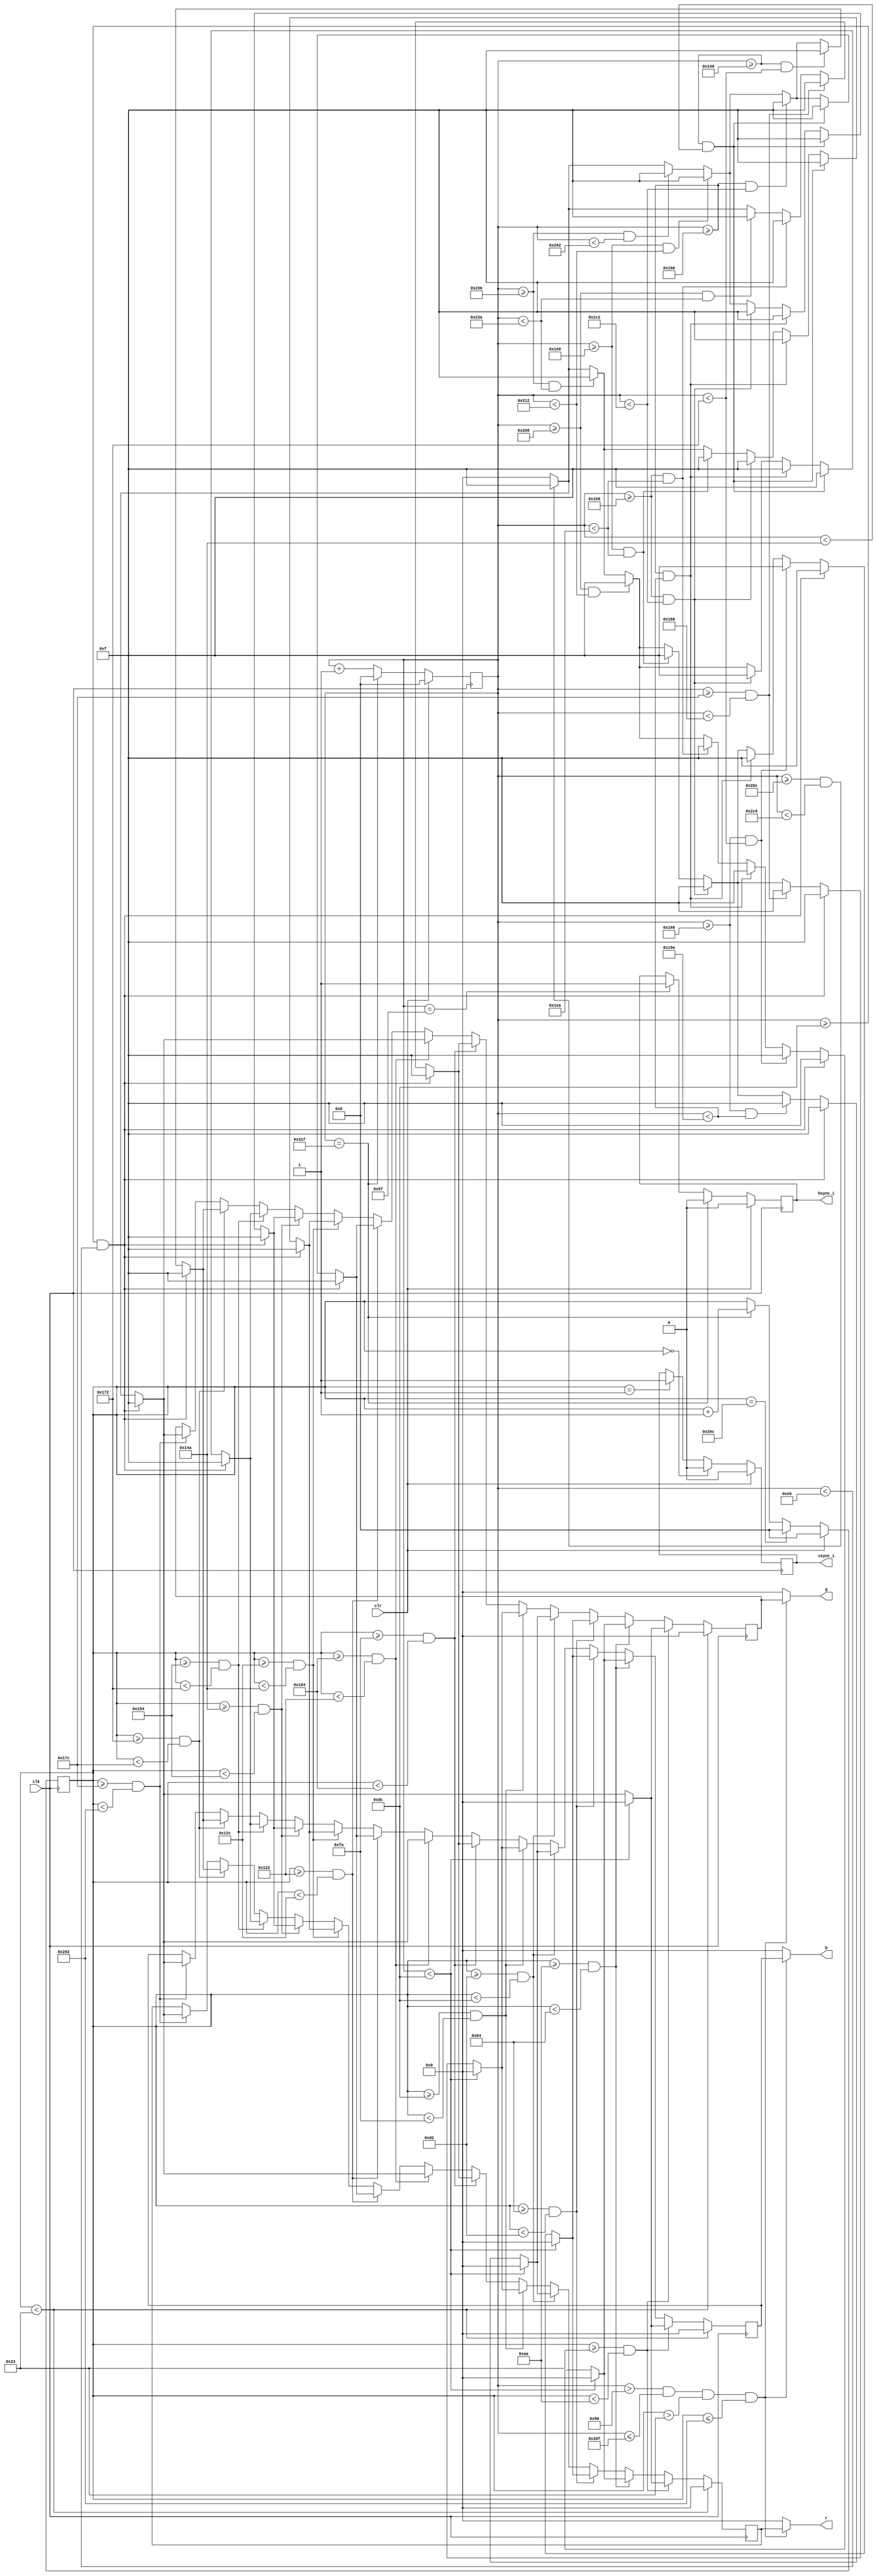
`timescale 1ns / 1ps
//////////////////////////////////////////////////////////////////////////////////
// Company: 
// Engineer: 
// 
// Design Name: 
// Module Name: vga_lose
// Project Name: 
// Target Devices: 
// Tool Versions: 
// Description: 
// 
// Dependencies: 
// 
// Revision:
// Revision 0.01 - File Created
// Additional Comments:
// 
//////////////////////////////////////////////////////////////////////////////////


module vga_lose(
input clk,clr,

output reg hsync_i,vsync_i,
output [3:0] r,g,b
);

reg[9:0]xsync_i,ysync_i;
reg [3:0] r_r,g_r,b_r;
wire vidon;

always @(posedge clk) 
    begin
    if (clr) begin  
      xsync_i <= 10'd0;
    end
    else if (xsync_i == 10'd799) begin
      xsync_i <= 10'd0;
    end
    else begin
      xsync_i <= xsync_i + 1;
    end
  end

always @(posedge clk ) 
  begin
    if (clr) begin
      ysync_i <= 10'd0;
    end
    else if (ysync_i == 10'd524) begin
      ysync_i <= 10'd0;
    end
    else if (xsync_i == 10'd799) begin
      ysync_i <= ysync_i + 1;
    end
  end

  always @(posedge clk  ) begin
    if (clr) begin
      hsync_i <= 1'b0;
    end
    else if (xsync_i == 799) begin
      hsync_i <=1'b0;
    end
    else if (xsync_i == 95) begin
      hsync_i <= 1'b1;
    end
  end

always @(posedge clk ) begin
    if (clr) begin
      vsync_i <= 1'b0;
    end
    else if (ysync_i == 0) begin
      vsync_i <=1'b0;
    end
    else if (ysync_i == 1) begin
      vsync_i <= 1'b1;
    end
  end

assign vidon = (xsync_i > 143) && (xsync_i < 784) && (ysync_i > 34) && (ysync_i < 515);

always @ (posedge clk)
	begin
		if (ysync_i < 35)
		      begin
		          r_r <= 4'h0;   
			  b_r <= 4'h0;
			  g_r <= 4'h0;
		      end
		 else if (ysync_i >= 35 && ysync_i < 170)
		 	begin
		        	if (xsync_i < 220)
			  		begin 
						r_r <= 4'h0;    
						b_r <= 4'h0;
						g_r <= 4'h0;
					end  
		          	else if(xsync_i >= 220 && xsync_i < 230)
		                	begin
		                  		r_r <= 4'hf;   
						b_r <= 4'hf;
			  	        	g_r <= 4'hf;
					end
			   	else if(xsync_i >= 700 && xsync_i < 710)
			        	begin
				        	r_r <= 4'hf;   
						b_r <= 4'hf;
						g_r <= 4'hf;
		 			end
			   	else 
					begin 
						r_r <= 4'h0;   
						b_r <= 4'h0;
						g_r <= 4'h0;
					end		   
			 	end
			 
			 
		   else if (ysync_i >= 170 && ysync_i < 180)
			begin 
			    	if (xsync_i < 220)
					begin 
						r_r <= 4'h0;    
						b_r <= 4'h0;
						g_r <= 4'h0;
					end  
                   		else if(xsync_i >= 220 && xsync_i < 230)
		              	   begin
		                  	r_r <= 4'hf;   
					      	b_r <= 4'hf;
					      	g_r <= 4'hf;
					end
				else if (xsync_i >= 360 && xsync_i < 370)
					begin 
						r_r <= 4'hf;   
						b_r <= 4'hf;
						g_r <= 4'hf;
					end
				else if (xsync_i >= 400 && xsync_i < 410)
					begin 
						r_r <= 4'hf;   
						b_r <= 4'hf;
						g_r <= 4'hf;
					end
				else if (xsync_i >= 440 && xsync_i < 490)
					begin 
						r_r <= 4'hf;   
						b_r <= 4'hf;
						g_r <= 4'hf;
					end 	
				else if (xsync_i >= 520 && xsync_i < 530)
					begin 
						r_r <= 4'hf;   
						b_r <= 4'hf;
						g_r <= 4'hf;
					end
				else if (xsync_i >= 560 && xsync_i < 570)
					begin 
						r_r <= 4'hf;   
						b_r <= 4'hf;
						g_r <= 4'hf;
					end 	 	
				else if(xsync_i >= 700 && xsync_i < 710)
				      	begin
				        	r_r <= 4'hf;   
					  	b_r <= 4'hf;
					   	g_r <= 4'hf;
					end
				else 
					begin 
						r_r <= 4'h0;   
						b_r <= 4'h0;
						g_r <= 4'h0;
					end	
				end  
					
		else if (ysync_i >= 180 && ysync_i < 210)
			begin 
				 if (xsync_i < 220)
					begin 
						r_r <= 4'h0;    
						b_r <= 4'h0;
						g_r <= 4'h0;
					end  
				else if(xsync_i >= 220 && xsync_i < 230)
		              		begin
		                  		r_r <= 4'hf;   
					  	b_r <= 4'hf;
					  	g_r <= 4'hf;
					end
				else if (xsync_i >= 360 && xsync_i < 370)
					begin 
						r_r <= 4'hf;   
						b_r <= 4'hf;
						g_r <= 4'hf;
					end 
				else if (xsync_i >= 400 && xsync_i < 410)
					begin 
						r_r <= 4'hf;   
						b_r <= 4'hf;
						g_r <= 4'hf;
					end
				else if (xsync_i >= 440 && xsync_i < 450)
					begin 
						r_r <= 4'hf;   
						b_r <= 4'hf;
						g_r <= 4'hf;
					end				
				else if (xsync_i >= 480 && xsync_i < 490)
					begin 
						r_r <= 4'hf;   
						b_r <= 4'hf;
						g_r <= 4'hf;
					end 
				else if (xsync_i >= 520 && xsync_i < 530)
					begin 
						r_r <= 4'hf;  
						b_r <= 4'hf;
						g_r <= 4'hf;
					end 	
				else if (xsync_i >= 560 && xsync_i < 570)
					begin 
						r_r <= 4'hf;   
						b_r <= 4'hf;
						g_r <= 4'hf;
					end 	
				else if(xsync_i >= 700 && xsync_i < 710)
				      	begin
				        	r_r <= 4'hf;   
					   	b_r <= 4'hf;
					   	g_r <= 4'hf;
					end
				else 
					begin 
						r_r <= 4'h0;   
						b_r <= 4'h0;
						g_r <= 4'h0;
					end
				end
					
		else if (ysync_i >= 210 && ysync_i < 220)
			begin 
				if (xsync_i < 220)
					begin 
						r_r <= 4'h0;    
						b_r <= 4'h0;
						g_r <= 4'h0;
					end  
				else if(xsync_i >= 220 && xsync_i < 230)
		              		begin
		                  		r_r <= 4'hf;   
					      	b_r <= 4'hf;
					      	g_r <= 4'hf;
					end
				else if (xsync_i >= 360 && xsync_i < 410)
					begin 
						r_r <= 4'hf;   
						b_r <= 4'hf;
						g_r <= 4'hf;
					end
				else if (xsync_i >= 440 && xsync_i < 450)
					begin 
						r_r <= 4'hf;   
						b_r <= 4'hf;
						g_r <= 4'hf;
					end
				else if (xsync_i >= 480 && xsync_i < 490)
					begin 
						r_r <= 4'hf;   
						b_r <= 4'hf;
						g_r <= 4'hf;
					end	
				else if (xsync_i >= 520 && xsync_i < 530)
					begin 
						r_r <= 4'hf;   
						b_r <= 4'hf;
						g_r <= 4'hf;
					end	
				else if (xsync_i >= 560 && xsync_i < 570)
					begin 
						r_r <= 4'hf;   
						b_r <= 4'hf;
						g_r <= 4'hf;
					end 
				else if(xsync_i >= 700 && xsync_i < 710)
				      	begin
				        	r_r <= 4'hf;   
					  	b_r <= 4'hf;
					   	g_r <= 4'hf;
					end	
				else 
					begin 
						r_r <= 4'h0;   
						b_r <= 4'h0;
						g_r <= 4'h0;
					end
				end
			  
		else if (ysync_i >= 220 && ysync_i < 250)
			begin 
				if (xsync_i < 220)
					begin 
						r_r <= 4'h0;    
						b_r <= 4'h0;
						g_r <= 4'h0;
					end  
				else if(xsync_i >= 220 && xsync_i < 230)
		              		begin
		                  		r_r <= 4'hf;   
					      	b_r <= 4'hf;
					      	g_r <= 4'hf;
					end
				else if (xsync_i >= 380 && xsync_i < 390)
					begin 
						r_r <= 4'hf;   
						b_r <= 4'hf;
						g_r <= 4'hf;
					end 
				else if (xsync_i >= 440 && xsync_i < 450)
					begin 
						r_r <= 4'hf;   
						b_r <= 4'hf;
						g_r <= 4'hf;
					end	
				else if (xsync_i >= 480 && xsync_i < 490)
					begin 
						r_r <= 4'hf;   
						b_r <= 4'hf;
						g_r <= 4'hf;
					end 
				else if (xsync_i >= 520 && xsync_i < 530)
					begin 
						r_r <= 4'hf;   
						b_r <= 4'hf;
						g_r <= 4'hf;
					end 
				else if (xsync_i >= 560 && xsync_i < 570)
					begin 
						r_r <= 4'hf;   
						b_r <= 4'hf;
						g_r <= 4'hf;
					end 	
				else if(xsync_i >= 700 && xsync_i < 710)
				      	begin
				        	r_r <= 4'hf;   
					   	b_r <= 4'hf;
					   	g_r <= 4'hf;
					end
				else 
					begin 
						r_r <= 4'h0;   
						b_r <= 4'h0;
						g_r <= 4'h0;
					end	
				end

		else if (ysync_i >= 250 && ysync_i < 260)
			begin
				if(xsync_i >= 220 && xsync_i < 230)
		                   	begin
		                     r_r <= 4'hf;   
					        b_r <= 4'hf;
					        g_r <= 4'hf;
					end
				else if (xsync_i >= 380 && xsync_i < 390)
					begin 
						r_r <= 4'hf;   
						b_r <= 4'hf;
						g_r <= 4'hf;
					end 
				else if (xsync_i >= 440 && xsync_i < 490)
					begin 
						r_r <= 4'hf;   
						b_r <= 4'hf;
						g_r <= 4'hf;
					end
			    else if(xsync_i >= 520 && xsync_i < 570)
				        begin 
						r_r <= 4'hf;   
						b_r <= 4'hf;
						g_r <= 4'hf;
					end 	
				else if(xsync_i >= 700 && xsync_i < 710)
				      	begin
				        	r_r <= 4'hf;   
					   	b_r <= 4'hf;
					   	g_r <= 4'hf;
					end
				else 
					begin 
						r_r <= 4'h0;   
						b_r <= 4'h0;
						g_r <= 4'h0;
					end	
				end
				
		else if (ysync_i >= 260 && ysync_i < 290)
			begin
				if(xsync_i >= 220 && xsync_i < 230)
		              		begin
		                  		r_r <= 4'hf;   
						b_r <= 4'hf;
						g_r <= 4'hf;
					end
				else if(xsync_i >= 700 && xsync_i < 710)
				      	begin
				        	r_r <= 4'hf;   
					   	b_r <= 4'hf;
					   	g_r <= 4'hf;
					end
				else 
					begin 
						r_r <= 4'h0;   
						b_r <= 4'h0;
						g_r <= 4'h0;
					end	
				end
					
					
		else if (ysync_i >= 290 && ysync_i < 300)
			begin 
				if(xsync_i >= 220 && xsync_i < 230)
		              		begin
		                  		r_r <= 4'hf;   
					      	b_r <= 4'hf;
					      	g_r <= 4'hf;
					end
				else if (xsync_i >= 320 && xsync_i < 330)
					begin 
						r_r <= 4'hf;   
						b_r <= 4'hf;
						g_r <= 4'hf;
					end
				else if (xsync_i >= 400 && xsync_i < 450)
					begin 
						r_r <= 4'hf;   
						b_r <= 4'hf;
						g_r <= 4'hf;
					end 	
				else if (xsync_i >= 480 && xsync_i < 530)
					begin 
						r_r <= 4'hf;   
						b_r <= 4'hf;
						g_r <= 4'hf;
					end 
				else if (xsync_i >= 560 && xsync_i < 610)
					begin 
						r_r <= 4'hf;   
						b_r <= 4'hf;
						g_r <= 4'hf;
					end 
				else if(xsync_i >= 700 && xsync_i < 710)
				      	begin
				        	r_r <= 4'hf;   
					   	b_r <= 4'hf;
					   	g_r <= 4'hf;
					end	
				else 
					begin 
						r_r <= 4'h0;   
						b_r <= 4'h0;
						g_r <= 4'h0;
					end	
				end
  
		else if (ysync_i >= 300 && ysync_i < 330)
			begin 
				if(xsync_i >= 220 && xsync_i < 230)
		              		begin
		                  		r_r <= 4'hf;   
					      	b_r <= 4'hf;
					      	g_r <= 4'hf;
					end
				else if (xsync_i >= 320 && xsync_i < 330)
					begin 
						r_r <= 4'hf;   
						b_r <= 4'hf;
						g_r <= 4'hf;
					end 
				else if (xsync_i >= 400 && xsync_i < 410)
					begin 
						r_r <= 4'hf;   
						b_r <= 4'hf;
						g_r <= 4'hf;
					end		
				else if (xsync_i >= 440 && xsync_i < 450)
					begin 
						r_r <= 4'hf;   
						b_r <= 4'hf;
						g_r <= 4'hf;
					end 
				else if (xsync_i >= 480 && xsync_i < 490)
					begin 
						r_r <= 4'hf;   
						b_r <= 4'hf;
						g_r <= 4'hf;
					end	 
				else if (xsync_i >= 560 && xsync_i < 570)
					begin 
						r_r <= 4'hf;   
						b_r <= 4'hf;
						g_r <= 4'hf;
					end	
				else if(xsync_i >= 700 && xsync_i < 710)
					begin
				        	r_r <= 4'hf;   
					   	b_r <= 4'hf;
					   	g_r <= 4'hf;
					end	
				else 
					begin 
						r_r <= 4'h0;   
						b_r <= 4'h0;
						g_r <= 4'h0;
					end	
				end
					
		else if (ysync_i >= 330 && ysync_i < 340)
			begin 
				if(xsync_i >= 220 && xsync_i < 230)
		              		begin
		                  		r_r <= 4'hf;   
					      	b_r <= 4'hf;
					      	g_r <= 4'hf;
					end
				else if (xsync_i >= 320 && xsync_i < 330)
					begin 
						r_r <= 4'hf;   
						b_r <= 4'hf;
						g_r <= 4'hf;
					end
				else if (xsync_i >= 400 && xsync_i < 410)
					begin 
						r_r <= 4'hf;   
						b_r <= 4'hf;
						g_r <= 4'hf;
					end	
				else if (xsync_i >= 440 && xsync_i < 450)
					begin 
						r_r <= 4'hf;   
						b_r <= 4'hf;
						g_r <= 4'hf;
					end
				else if (xsync_i >= 480 && xsync_i < 530)
					begin 
						r_r <= 4'hf;   
						b_r <= 4'hf;
						g_r <= 4'hf;
					end	
				else if (xsync_i >= 560 && xsync_i < 610)
					begin 
						r_r <= 4'hf;   
						b_r <= 4'hf;
						g_r <= 4'hf;
					end	
				else if(xsync_i >= 700 && xsync_i < 710)
				      	begin
				        	r_r <= 4'hf;   
					   	b_r <= 4'hf;
					   	g_r <= 4'hf;
					end
				else 
					begin 
						r_r <= 4'h0;   
						b_r <= 4'h0;
						g_r <= 4'h0;
					end
				end
		
		else if (ysync_i >= 340 && ysync_i < 370)
			begin 
				if(xsync_i >= 220 && xsync_i < 230)
		              		begin
		                  		r_r <= 4'hf;   
					      	b_r <= 4'hf;
					      	g_r <= 4'hf;
					end
				else if (xsync_i >= 320 && xsync_i < 330)
					begin 
						r_r <= 4'hf;   
						b_r <= 4'hf;
						g_r <= 4'hf;
					end
				else if (xsync_i >= 400 && xsync_i < 410)
					begin 
						r_r <= 4'hf;   
						b_r <= 4'hf;
						g_r <= 4'hf;
					end	
				else if (xsync_i >= 440 && xsync_i < 450)
					begin 
						r_r <= 4'hf;   
						b_r <= 4'hf;
						g_r <= 4'hf;
					end
				else if (xsync_i >= 520 && xsync_i < 530)
					begin 
						r_r <= 4'hf;   
						b_r <= 4'hf;
						g_r <= 4'hf;
					end	
				else if (xsync_i >= 560 && xsync_i < 570)
					begin 
						r_r <= 4'hf;   
						b_r <= 4'hf;
						g_r <= 4'hf;
					end	
				else if(xsync_i >= 700 && xsync_i < 710)
				      	begin
				        	r_r <= 4'hf;   
					   	b_r <= 4'hf;
					   	g_r <= 4'hf;
					end
				else 
					begin 
						r_r <= 4'h0;   
						b_r <= 4'h0;
						g_r <= 4'h0;
					end
				end
		
		else if (ysync_i >= 370 && ysync_i < 380)
			begin 
				if(xsync_i >= 220 && xsync_i < 230)
		              		begin
		                  		r_r <= 4'hf;   
					      	b_r <= 4'hf;
					      	g_r <= 4'hf;
					end
				else if (xsync_i >= 320 && xsync_i < 370)
					begin 
						r_r <= 4'hf;   
						b_r <= 4'hf;
						g_r <= 4'hf;
					end
				else if (xsync_i >= 400 && xsync_i < 450)
					begin 
						r_r <= 4'hf;   
						b_r <= 4'hf;
						g_r <= 4'hf;
					end	
				else if (xsync_i >= 480 && xsync_i < 530)
					begin 
						r_r <= 4'hf;   
						b_r <= 4'hf;
						g_r <= 4'hf;
					end
				else if (xsync_i >= 560 && xsync_i < 610)
					begin 
						r_r <= 4'hf;   
						b_r <= 4'hf;
						g_r <= 4'hf;
					end	
				else if(xsync_i >= 700 && xsync_i < 710)
				      	begin
				        	r_r <= 4'hf;   
					   	b_r <= 4'hf;
					   	g_r <= 4'hf;
					end
				else 
					begin 
						r_r <= 4'h0;   
						b_r <= 4'h0;
						g_r <= 4'h0;
					end
				end
		else if (ysync_i >= 380 && ysync_i < 514)
			begin
				if(xsync_i >= 220 && xsync_i < 230)
		              		begin
		                  		r_r <= 4'hf;   
					      	b_r <= 4'hf;
					      	g_r <= 4'hf;
					end
				else if(xsync_i >= 700 && xsync_i < 710)
				      	begin
				        	r_r <= 4'hf;   
					    	b_r <= 4'hf;
					    	g_r <= 4'hf;
					end
				else 
					begin 
						r_r <= 4'h0;   
						b_r <= 4'h0;
						g_r <= 4'h0;
					end	
				end
		end          
         
	assign r = (xsync_i > 144 && xsync_i <= 783 && ysync_i > 35 && ysync_i <= 514) ? r_r : 4'h0;
	assign b = (xsync_i > 144 && xsync_i <= 783 && ysync_i > 35 && ysync_i <= 514) ? b_r : 4'h0;
	assign g = (xsync_i > 144 && xsync_i <= 783 && ysync_i > 35 && ysync_i <= 514) ? g_r : 4'h0;
  
endmodule